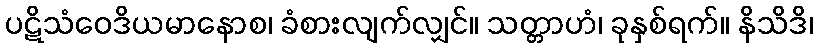
ပဋိသံဝေဒိယမာနောစ၊ ခံစားလျက်လျှင်။ သတ္တာဟံ၊ ခုနှစ်ရက်။ နိသိဒိ၊